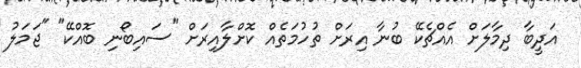
އަދީބާ ދިމާލަށް އެއްޗެކޭ ބުނާ އިރަށް ތުހުމަތެއް ކޮށްލާއިރަށް "ސައިބޯނި ބޮއްކޭ" "ޖަމަލު